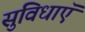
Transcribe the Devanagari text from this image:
सुविधाऍ